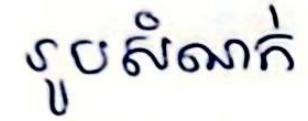
រូបសំណក់